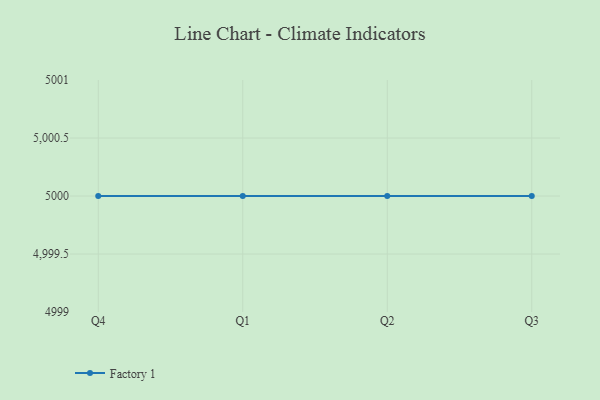
{"axis": {"x": "Quarter", "y": "Website Visitors"}, "legend": ["Factory 1"], "data": [{"x": "Q4", "y": 5000, "type": "Factory 1"}, {"x": "Q1", "y": 5000, "type": "Factory 1"}, {"x": "Q2", "y": 5000, "type": "Factory 1"}, {"x": "Q3", "y": 5000, "type": "Factory 1"}]}